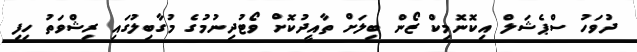
ދުވަހު ސްޕެޝަލް އިކޮނޮމިކް ޒޯން ބިލަށް ތާއީދުކޮށް ވޯޓުދިނުމުގެ މުގާބިލުގައި ރިޝްވަތު ހިފި